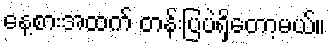
နေ့စားအထက် တန်းပြပဲရှိတော့မယ်။